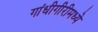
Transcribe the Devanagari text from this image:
गांधीगीरीमध्ये